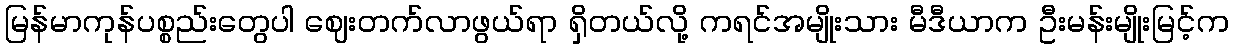
မြန်မာကုန်ပစ္စည်းတွေပါ ဈေးတက်လာဖွယ်ရာ ရှိတယ်လို့ ကရင်အမျိုးသား မီဒီယာက ဦးမန်းမျိုးမြင့်က